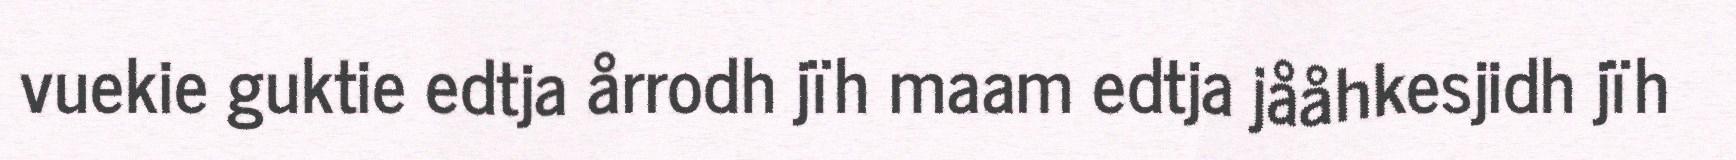
vuekie guktie edtja årrodh jïh maam edtja jååhkesjidh jïh